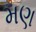
મણ